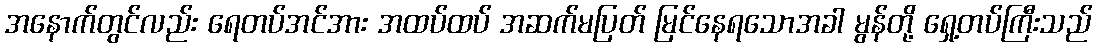
အနောက်တွင်လည်း ရေတပ်အင်အား အထပ်ထပ် အဆက်မပြတ် မြင်နေရသောအခါ မွန်တို့ ရှေ့တပ်ကြီးသည်